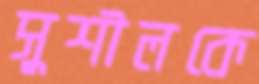
সুশীলকে